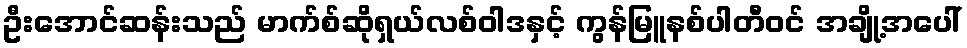
ဦးအောင်ဆန်းသည် မာက်စ်ဆိုရှယ်လစ်ဝါဒနှင့် ကွန်မြူနစ်ပါတီဝင် အချို့အပေါ်